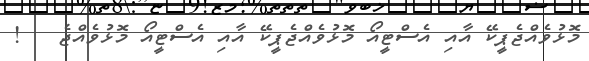
މޮޅުވެއްޖެޕީކޭ އާއި އެސްޓީއޯ މޮޅުވެއްޖެޕީކޭ އާއި އެސްޓީއޯ މޮޅުވެއްޖެ   !